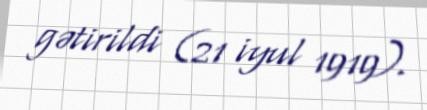
gətirildi (21 iyul 1919).